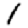
Digit: 1